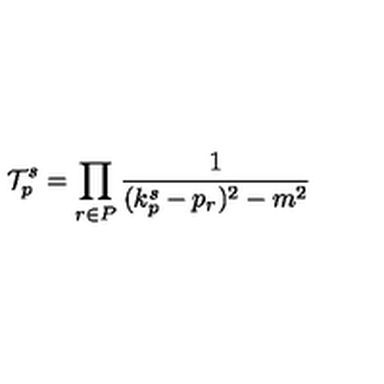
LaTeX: { \cal T } _ { p } ^ { s } = \prod _ { r \in P } \frac { 1 } { ( k _ { p } ^ { s } - p _ { r } ) ^ { 2 } - m ^ { 2 } }